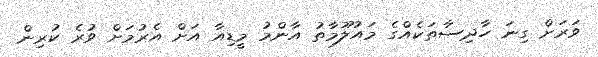
ވަރަށް ގިނަ ހާދިސާތަކެއްގެ މައުލޫމާތު އާންމު މީޑިއާ އަށް އެރުމަށް ވުރެ ކުރިން